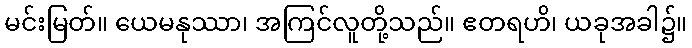
မင်းမြတ်။ ယေမနုဿာ၊ အကြင်လူတို့သည်။ ဧတရဟိ၊ ယခုအခါ၌။